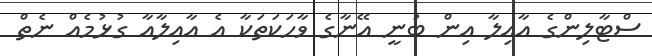
ސްޓާލިންގެ އާއިލާ އިން ބުނީ އޭނާގެ ވާހަކަތަކާ އެ އާއިލާއާ ގުޅުމެއް ނެތް